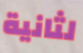
لثانية